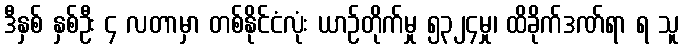
ဒီနှစ် နှစ်ဦး ၄ လတာမှာ တစ်နိုင်ငံလုံး ယာဉ်တိုက်မှု ၅၃၂၄မှု၊ ထိခိုက်ဒဏ်ရာ ရ သူ